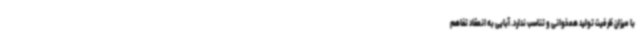
با میزان ظرفیت تولید همخوانی و تناسب ندارد. آبایی به انعقاد تفاهم